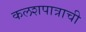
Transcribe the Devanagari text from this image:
कलशपात्राची